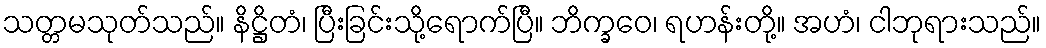
သတ္တမသုတ်သည်။ နိဋ္ဌိတံ၊ ပြီးခြင်းသို့ရောက်ပြီ။ ဘိက္ခဝေ၊ ရဟန်းတို့။ အဟံ၊ ငါဘုရားသည်။